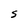
Character: S